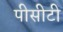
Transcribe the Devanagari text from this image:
पीसीटी